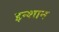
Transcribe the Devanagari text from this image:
इन्शान